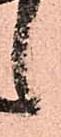
之